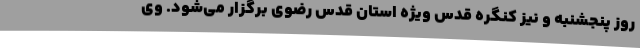
روز پنجشنبه و نیز کنگره قدس ویژه استان قدس رضوی برگزار می‌شود. وی